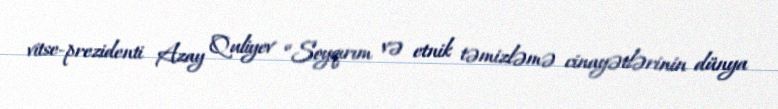
vitse-prezidenti Azay Quliyev “Soyqırım və etnik təmizləmə cinayətlərinin dünya